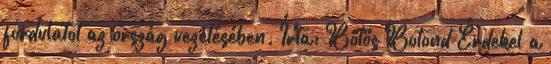
fordulatot az ország vezetésében. Írta: Bőtös Botond Érdekel a